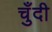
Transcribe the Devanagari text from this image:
चुँदी